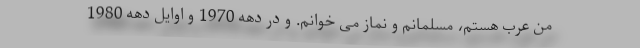
من عرب هستم، مسلمانم و نماز می خوانم. و در دهه 1970 و اوایل دهه 1980